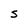
Character: 5